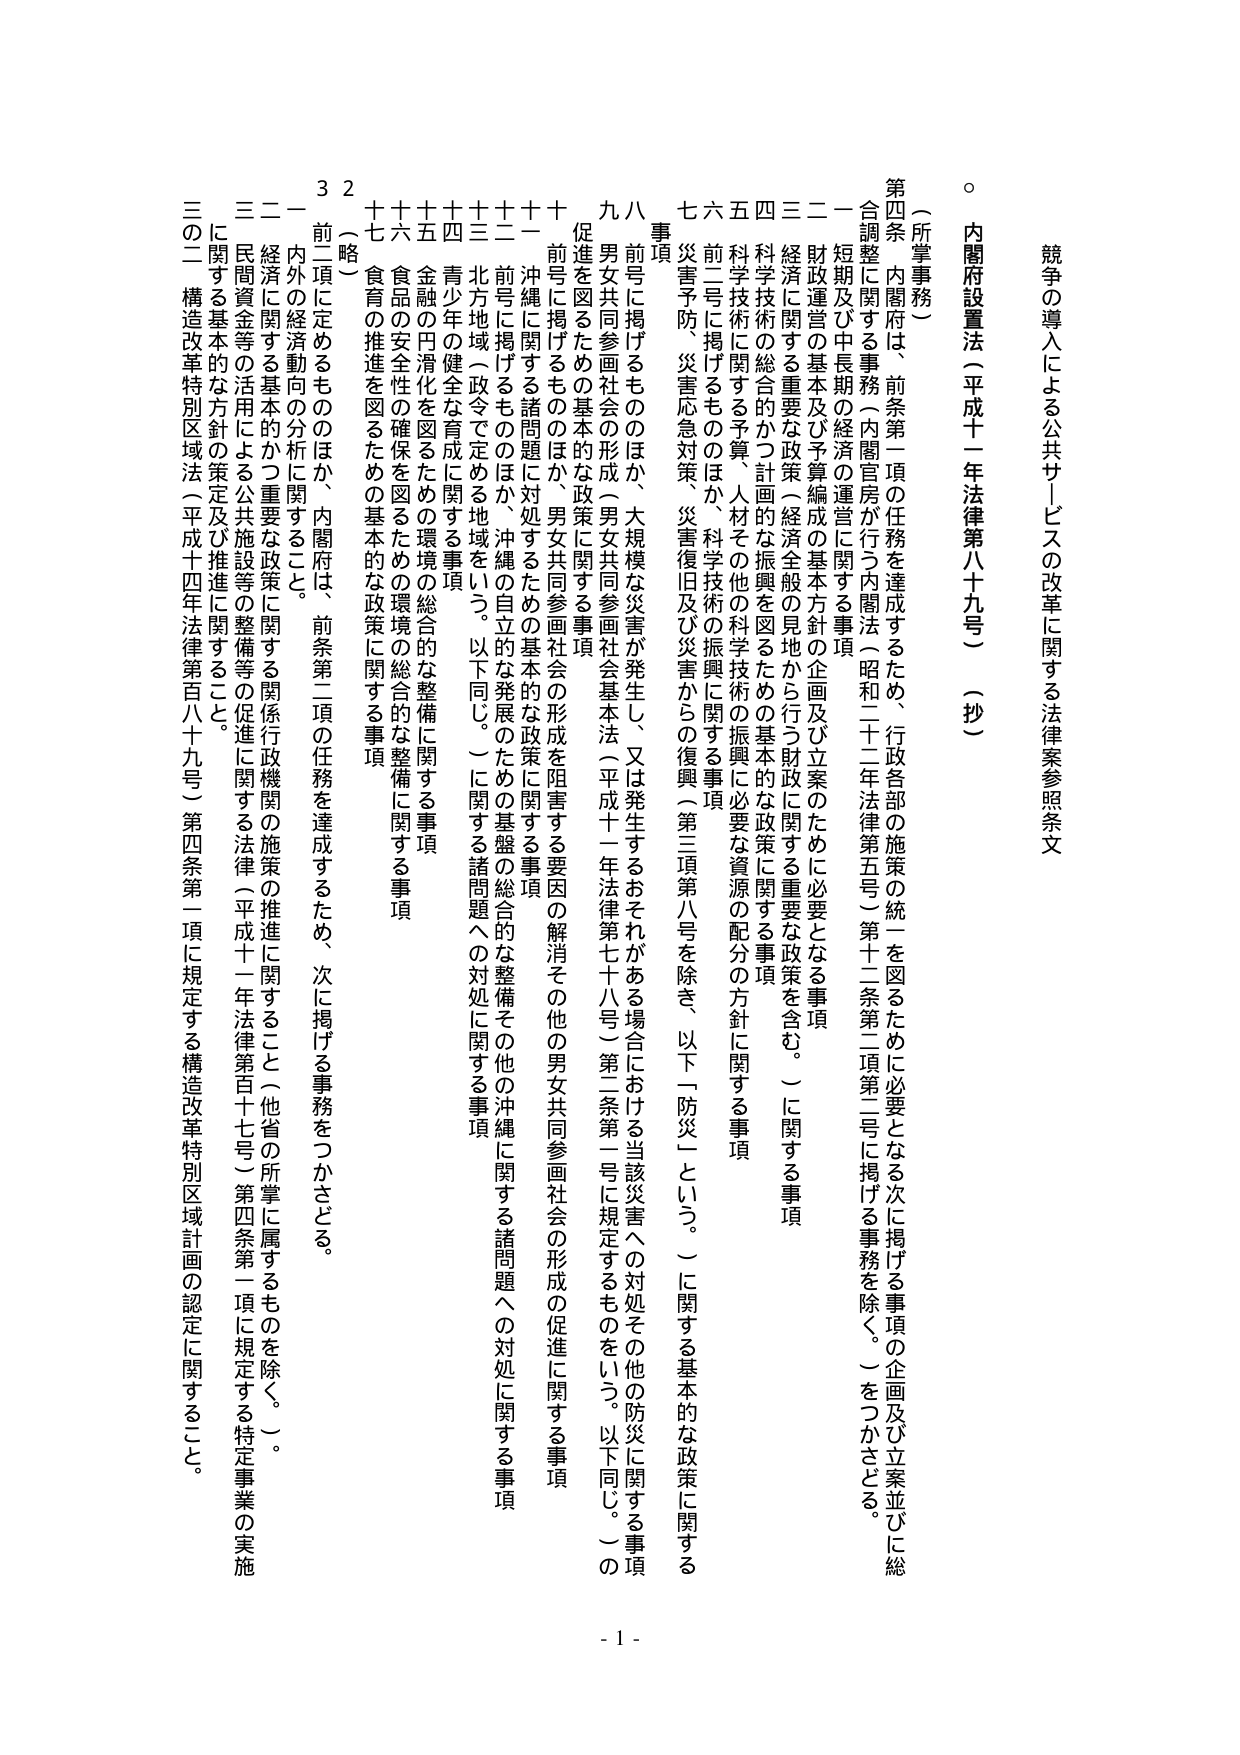
競争の導入による公共サービスの改革に関する法律案参照条文

内閣府設置法（平成十一年法律第八十九号）（抄）

（所掌事務）

第四条 内閣府は、前条第一項の任務を達成するため、行政各部の施策の統一を図るため必要となる次に掲げる事項の企画及び立案並びに総合調整に関する事務（内閣官房が行う内閣法（昭和二十二年法律第五号）第十二条第二項第二号に掲げる事務を除く。）をつかさどる。

一 短期及び中長期の経済の運営に関する事項

二 財政運営の基本及び予算編成の基本方針の企画及び立案のため必要となる事項

三 経済に関する重要な政策（経済全般の見地から行う財政に関する重要な政策を含む。）に関する事項

四 科学技術の総合的かつ計画的な振興を図るための基本的な政策に関する事項

五 科学技術に関する予算、人材その他の科学技術の振興に必要な資源の配分の方針に関する事項

六 前二号に掲げるもののほか、科学技術の振興に関する事項

七 災害予防、災害応急対策、災害復旧及び災害からの復興（第三項第八号を除き、以下「防災」という。）に関する基本的な政策に関する事項

八 前号に掲げるもののほか、大規模な災害が発生し、又は発生するおそれがある場合における当該災害への対処その他の防災に関する事項

九 男女共同参画社会の形成（男女共同参画社会基本法（平成十一年法律第七十八号）第二条第一号に規定するものをいう。以下同じ。）の促進を図るための基本的な政策に関する事項

十 前号に掲げるもののほか、男女共同参画社会の形成を阻害する要因の解消その他の男女共同参画社会の形成の促進に関する事項

十一 沖縄に関する諸問題に対処するための基本的な政策に関する事項

十二 前号に掲げるもののほか、沖縄の自立的な発展のための基盤的総合的な整備その他の沖縄に関する諸問題への対処に関する事項

十三 北方地域（政令で定める地域をいう。以下同じ。）に関する諸問題への対処に関する事項

十四 青少年の健全な育成に関する事項

十五 金融の円滑化を図るための環境の総合的な整備に関する事項

十六 食品の安全性の確保を図るための環境の総合的な整備に関する事項

十七 食育の推進を図るための基本的な政策に関する事項

（略）

二 前項に定めるもののほか、内閣府は、前条第二項の任務を達成するため、次に掲げる事務をつかさどる。

一 内外の経済動向の分析に関すること。

二 経済に関する基本的かつ重要な政策に関する関係行政機関の施策の推進に関すること（他省の所掌に属するものを除く。）。

三 民間資金等の活用による公共施設等の整備等の促進に関する法律（平成十一年法律第百十七号）第四条第一項に規定する特定事業の実施に関する基本的な方針の策定及び推進に関すること。

三の二 構造改革特別区域法（平成十四年法律第百八十九号）第四条第一項に規定する構造改革特別区域計画の認定に関すること。

- 1 -